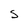
Character: S